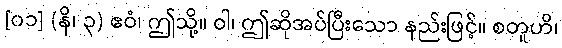
[၀၁] (နိ၊ ၃) ဧဝံ၊ ဤသို့။ ဝါ၊ ဤဆိုအပ်ပြီးသော နည်းဖြင့်။ စတူဟိ၊